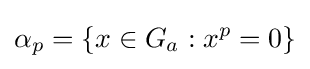
\alpha _{p}=\{x\in G_{a}:x^{p}=0\}